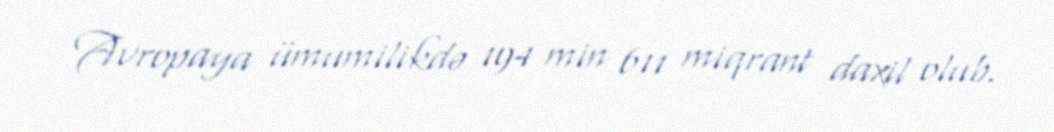
Avropaya ümumilikdə 194 min 611 miqrant daxil olub.